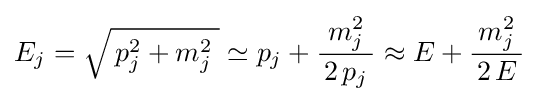
E_{j}={\sqrt {\,p_{j}^{2}+m_{j}^{2}\;}}\simeq p_{j}+{\frac {m_{j}^{2}}{\,2\,p_{j}\,}}\approx E+{\frac {m_{j}^{2}}{\,2\,E\,}}~